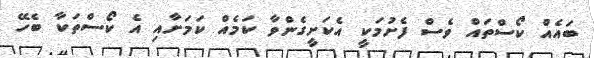
ބައެއް ކޯސްތައް ވެސް ފެށުމަކީ އެކަށީގެންވާ ކަމެއް ކަމަށާއި އެ ކޯސްތަކާ ބެހޭ